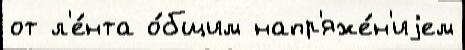
от л'е́нта о́бщим напр'яже́н'иjем